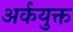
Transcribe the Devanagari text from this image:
अर्कयुक्त